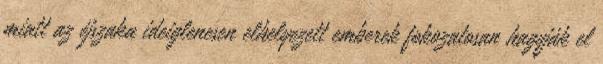
miatt az éjszaka ideiglenesen elhelyezett emberek fokozatosan hagyják el